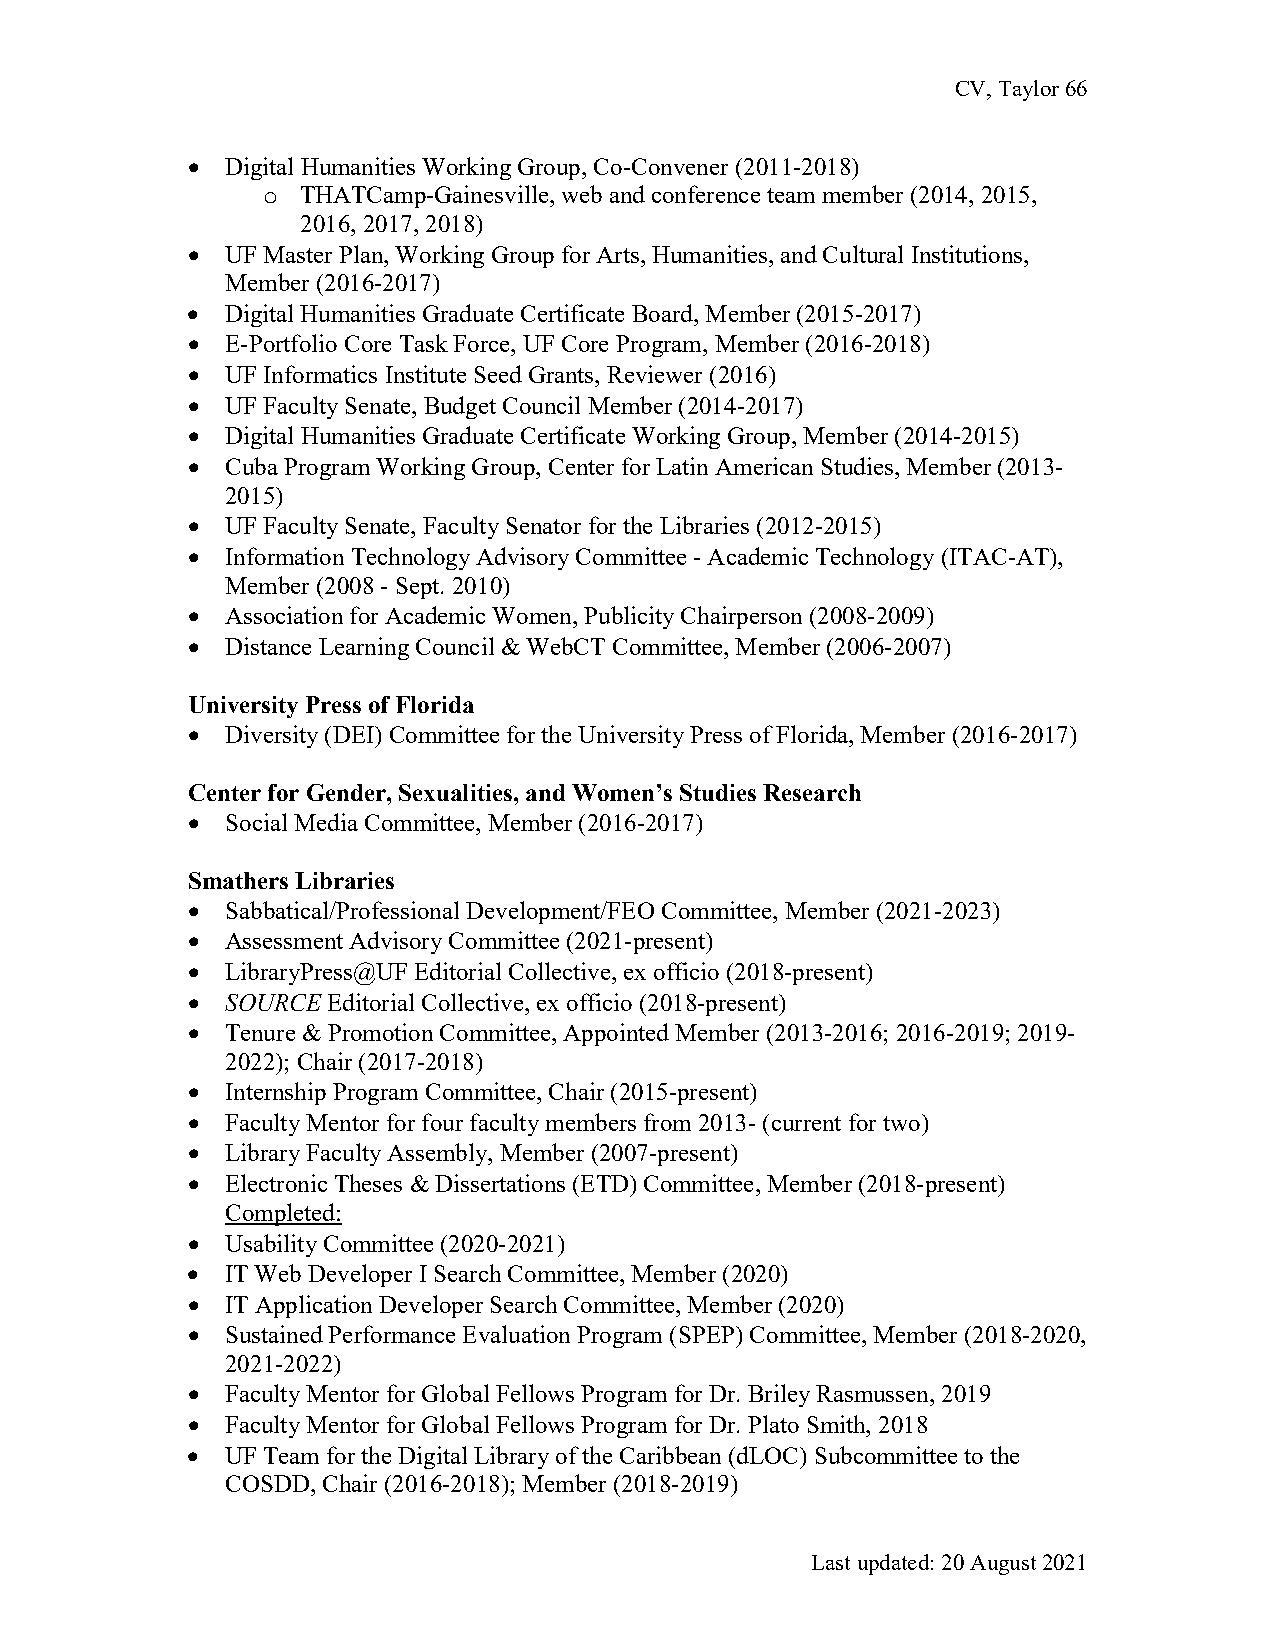
CV, Taylor 66
 •  Digital Humanities Working Group, Co-Convener (2011-2018)
 THATCamp-Gainesville, web and conference team member (2014, 2015,
 o
 2016, 2017, 2018)
 •  UF Master Plan, Working Group for Arts, Humanities, and Cultural Institutions,
 Member (2016-2017)
 •  Digital Humanities Graduate Certificate Board, Member (2015-2017)
 •  E-Portfolio Core Task Force, UF Core Program, Member (2016-2018)
 •  UF Informatics Institute Seed Grants, Reviewer (2016)
 •  UF Faculty Senate, Budget Council Member (2014-2017)
 •  Digital Humanities Graduate Certificate Working Group, Member (2014-2015)
 •  Cuba Program Working Group, Center for Latin American Studies, Member (2013-
 2015)
 •  UF Faculty Senate, Faculty Senator for the Libraries (2012-2015)
 •  Information Technology Advisory Committee - Academic Technology (ITAC-AT),
 Member (2008 - Sept. 2010)
 •  Association for Academic Women, Publicity Chairperson (2008-2009)
 •  Distance Learning Council & WebCT Committee, Member (2006-2007)
 University Press of Florida
 •  Diversity (DEI) Committee for the University Press of Florida, Member (2016-2017)
 Center for Gender, Sexualities, and Women’s Studies Research
 •  Social Media Committee, Member (2016-2017)
 Smathers Libraries
 •  Sabbatical/Professional Development/FEO Committee, Member (2021-2023)
 •  Assessment Advisory Committee (2021-present)
 •  LibraryPress@UF Editorial Collective, ex officio (2018-present)
 •  SOURCE Editorial Collective, ex officio (2018-present)
 •  Tenure & Promotion Committee, Appointed Member (2013-2016; 2016-2019; 2019-
 2022); Chair (2017-2018)
 •  Internship Program Committee, Chair (2015-present)
 •  Faculty Mentor for four faculty members from 2013- (current for two)
 •  Library Faculty Assembly, Member (2007-present)
 •  Electronic Theses & Dissertations (ETD) Committee, Member (2018-present)
 Completed:
 •  Usability Committee (2020-2021)
 •  IT Web Developer I Search Committee, Member (2020)
 •  IT Application Developer Search Committee, Member (2020)
 •  Sustained Performance Evaluation Program (SPEP) Committee, Member (2018-2020,
 2021-2022)
 •  Faculty Mentor for Global Fellows Program for Dr. Briley Rasmussen, 2019
 •  Faculty Mentor for Global Fellows Program for Dr. Plato Smith, 2018
 •  UF Team for the Digital Library of the Caribbean (dLOC) Subcommittee to the
 COSDD, Chair (2016-2018); Member (2018-2019)
 Last updated: 20 August 2021